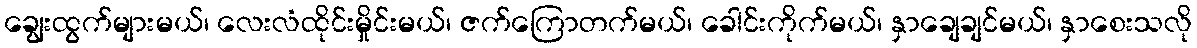
ချွေးထွက်များမယ်၊ လေးလံထိုင်းမှိုင်းမယ်၊ ဇက်ကြောတက်မယ်၊ ခေါင်းကိုက်မယ်၊ နှာချေချင်မယ်၊ နှာစေးသလို